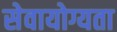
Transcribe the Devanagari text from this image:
सेवायोग्यता